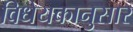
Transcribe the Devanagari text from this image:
विधेयकानुसार